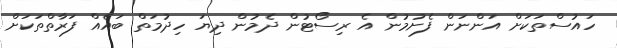
ހައުސްތަކަށް އަންނަން ފެށުމުން އެ ރިސޯޓުން ދެމުން ދިޔަ ހިދުމަތް ބައެއް ފަރާތްތަކަށް